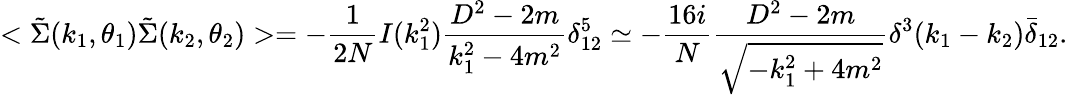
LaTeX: <\tilde{\Sigma}(k_{1},\theta_{1})\tilde{\Sigma}(k_{2},\theta_{2})>=-\frac{1}{2N}I(k_{1}^{2})\frac{D^{2}-2m}{k_{1}^{2}-4m^{2}}\delta_{12}^{5}\simeq-\frac{16i}{N}\frac{D^{2}-2m}{\sqrt{-k_{1}^{2}+4m^{2}}}\delta^{3}(k_{1}-k_{2})\bar{\delta}_{12}.